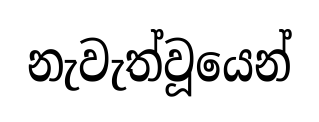
නැවැත්වූයෙන්